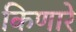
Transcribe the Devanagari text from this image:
किणारे